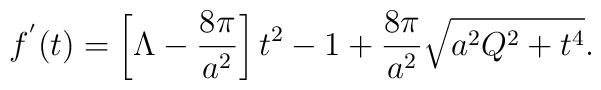
f^{'}(t)=\left[\Lambda -\frac{8\pi}{a^2}\right] t^2-1+\frac{8\pi}{a^2}\sqrt{a^2Q^2+t^4} .